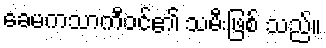
ခေမကသာကီဝင်၏ သမီးဖြစ် သည်။